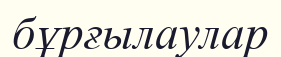
бұрғылаулар